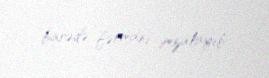
barədə fərmanı imzalayıb.